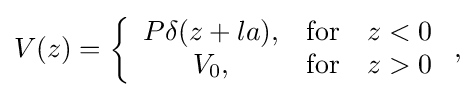
{\begin{aligned}V(z)=\left\{{\begin{array}{cc}P\delta (z+la),&{\textrm {for}}\quad z<0\\V_{0},&{\textrm {for}}\quad z>0\end{array}}\right.,\end{aligned}}